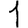
Digit: 1